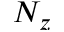
N _ { z }